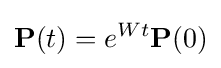
\mathbf {P} (t)=e^{Wt}\mathbf {P} (0)